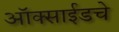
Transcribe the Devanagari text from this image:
ऑक्साईडचे